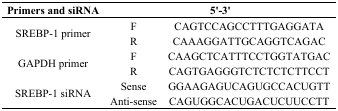
<table><thead><tr><td><b>Primers and siRNA</b></td><td colspan="2"><b>5′-3′</b></td></tr></thead><tbody><tr><td rowspan="2">SREBP-1 primer</td><td>F</td><td>CAGTCCAGCCTTTGAGGATA</td></tr><tr><td>R</td><td>CAAAGGATTGCAGGTCAGAC</td></tr><tr><td rowspan="2">GAPDH primer</td><td>F</td><td>CAAGCTCATTTCCTGGTATGAC</td></tr><tr><td>R</td><td>CAGTGAGGGTCTCTCTCTTCCT</td></tr><tr><td rowspan="2">SREBP-1 siRNA</td><td>Sense</td><td>GGAAGAGUCAGUGCCACUGTT</td></tr><tr><td>Anti-sense</td><td>CAGUGGCACUGACUCUUCCTT</td></tr></tbody></table>